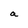
Character: a